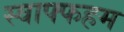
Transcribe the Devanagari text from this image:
स्वाफ्फहम